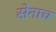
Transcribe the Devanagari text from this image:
सेनाच